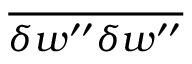
\overline { { { \delta w ^ { \prime \prime } \delta w ^ { \prime \prime } } } }